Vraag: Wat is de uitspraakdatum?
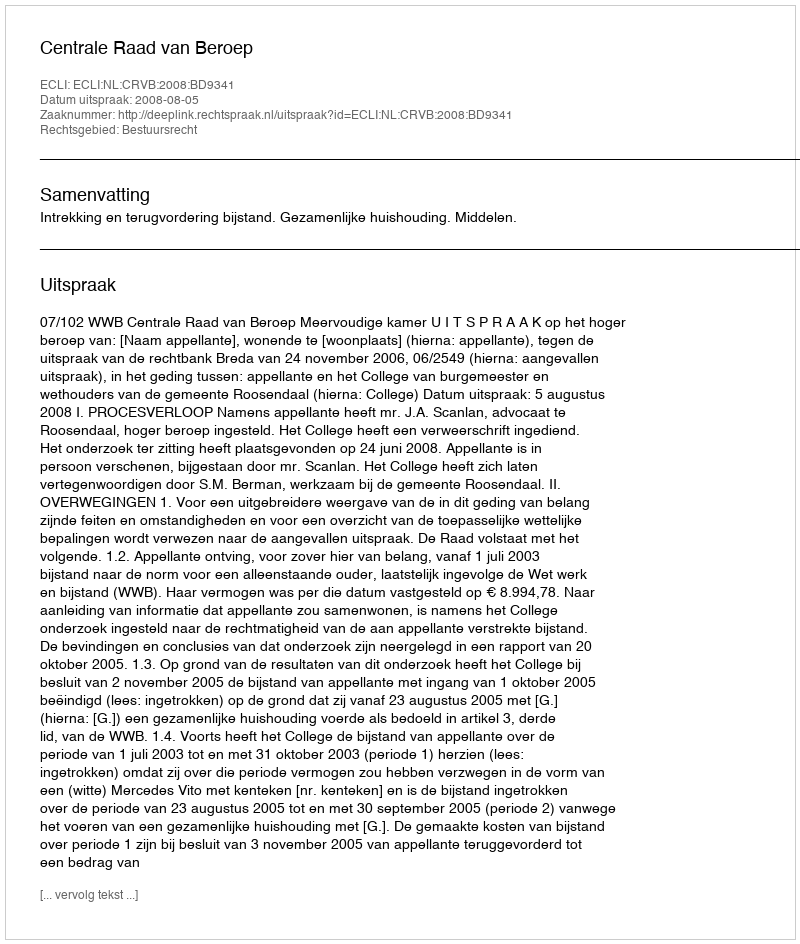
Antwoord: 2008-08-05